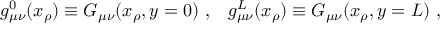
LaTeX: g _ { \mu \nu } ^ { 0 } ( x _ { \rho } ) \equiv G _ { \mu \nu } ( x _ { \rho } , y = 0 ) \ , \; \; \; g _ { \mu \nu } ^ { L } ( x _ { \rho } ) \equiv G _ { \mu \nu } ( x _ { \rho } , y = L ) \ ,